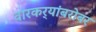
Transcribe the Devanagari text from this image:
वारकर्‍यांबरोबर